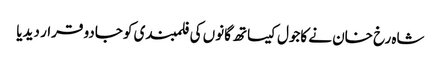
شاہ رخ خان نے کاجول کیساتھ گانوں کی فلمبندی کو جادو قرار دیدیا